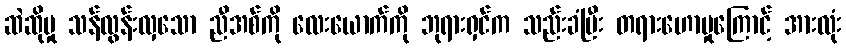
ဆဲဆိုမှု သန်လွန်းလှသော ညီအစ်ကို လေးယောက်ကို ဘုရားရှင်က သည်းခံပြီး တရားဟောမှုကြောင့် အားလုံး